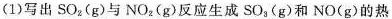
(1)写出SO_{2}(g)与NO_{2}(g)反应生成SO_{3}(g)和NO(g)的热